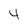
Character: 4